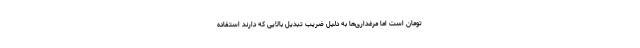
تومان است اما مرغداری‌ها به دلیل ضریب تبدیل بالایی که دارند استفاده